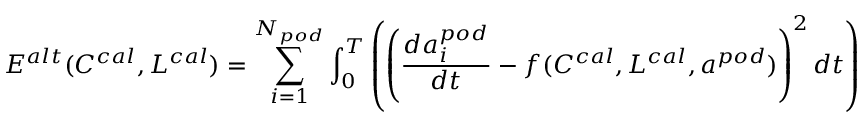
E ^ { a l t } ( C ^ { c a l } , L ^ { c a l } ) = \sum _ { i = 1 } ^ { N _ { p o d } } \int _ { 0 } ^ { T } \left( \left( \frac { d a _ { i } ^ { p o d } } { d t } - f ( C ^ { c a l } , L ^ { c a l } , a ^ { p o d } ) \right) ^ { 2 } d t \right)